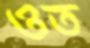
ওত